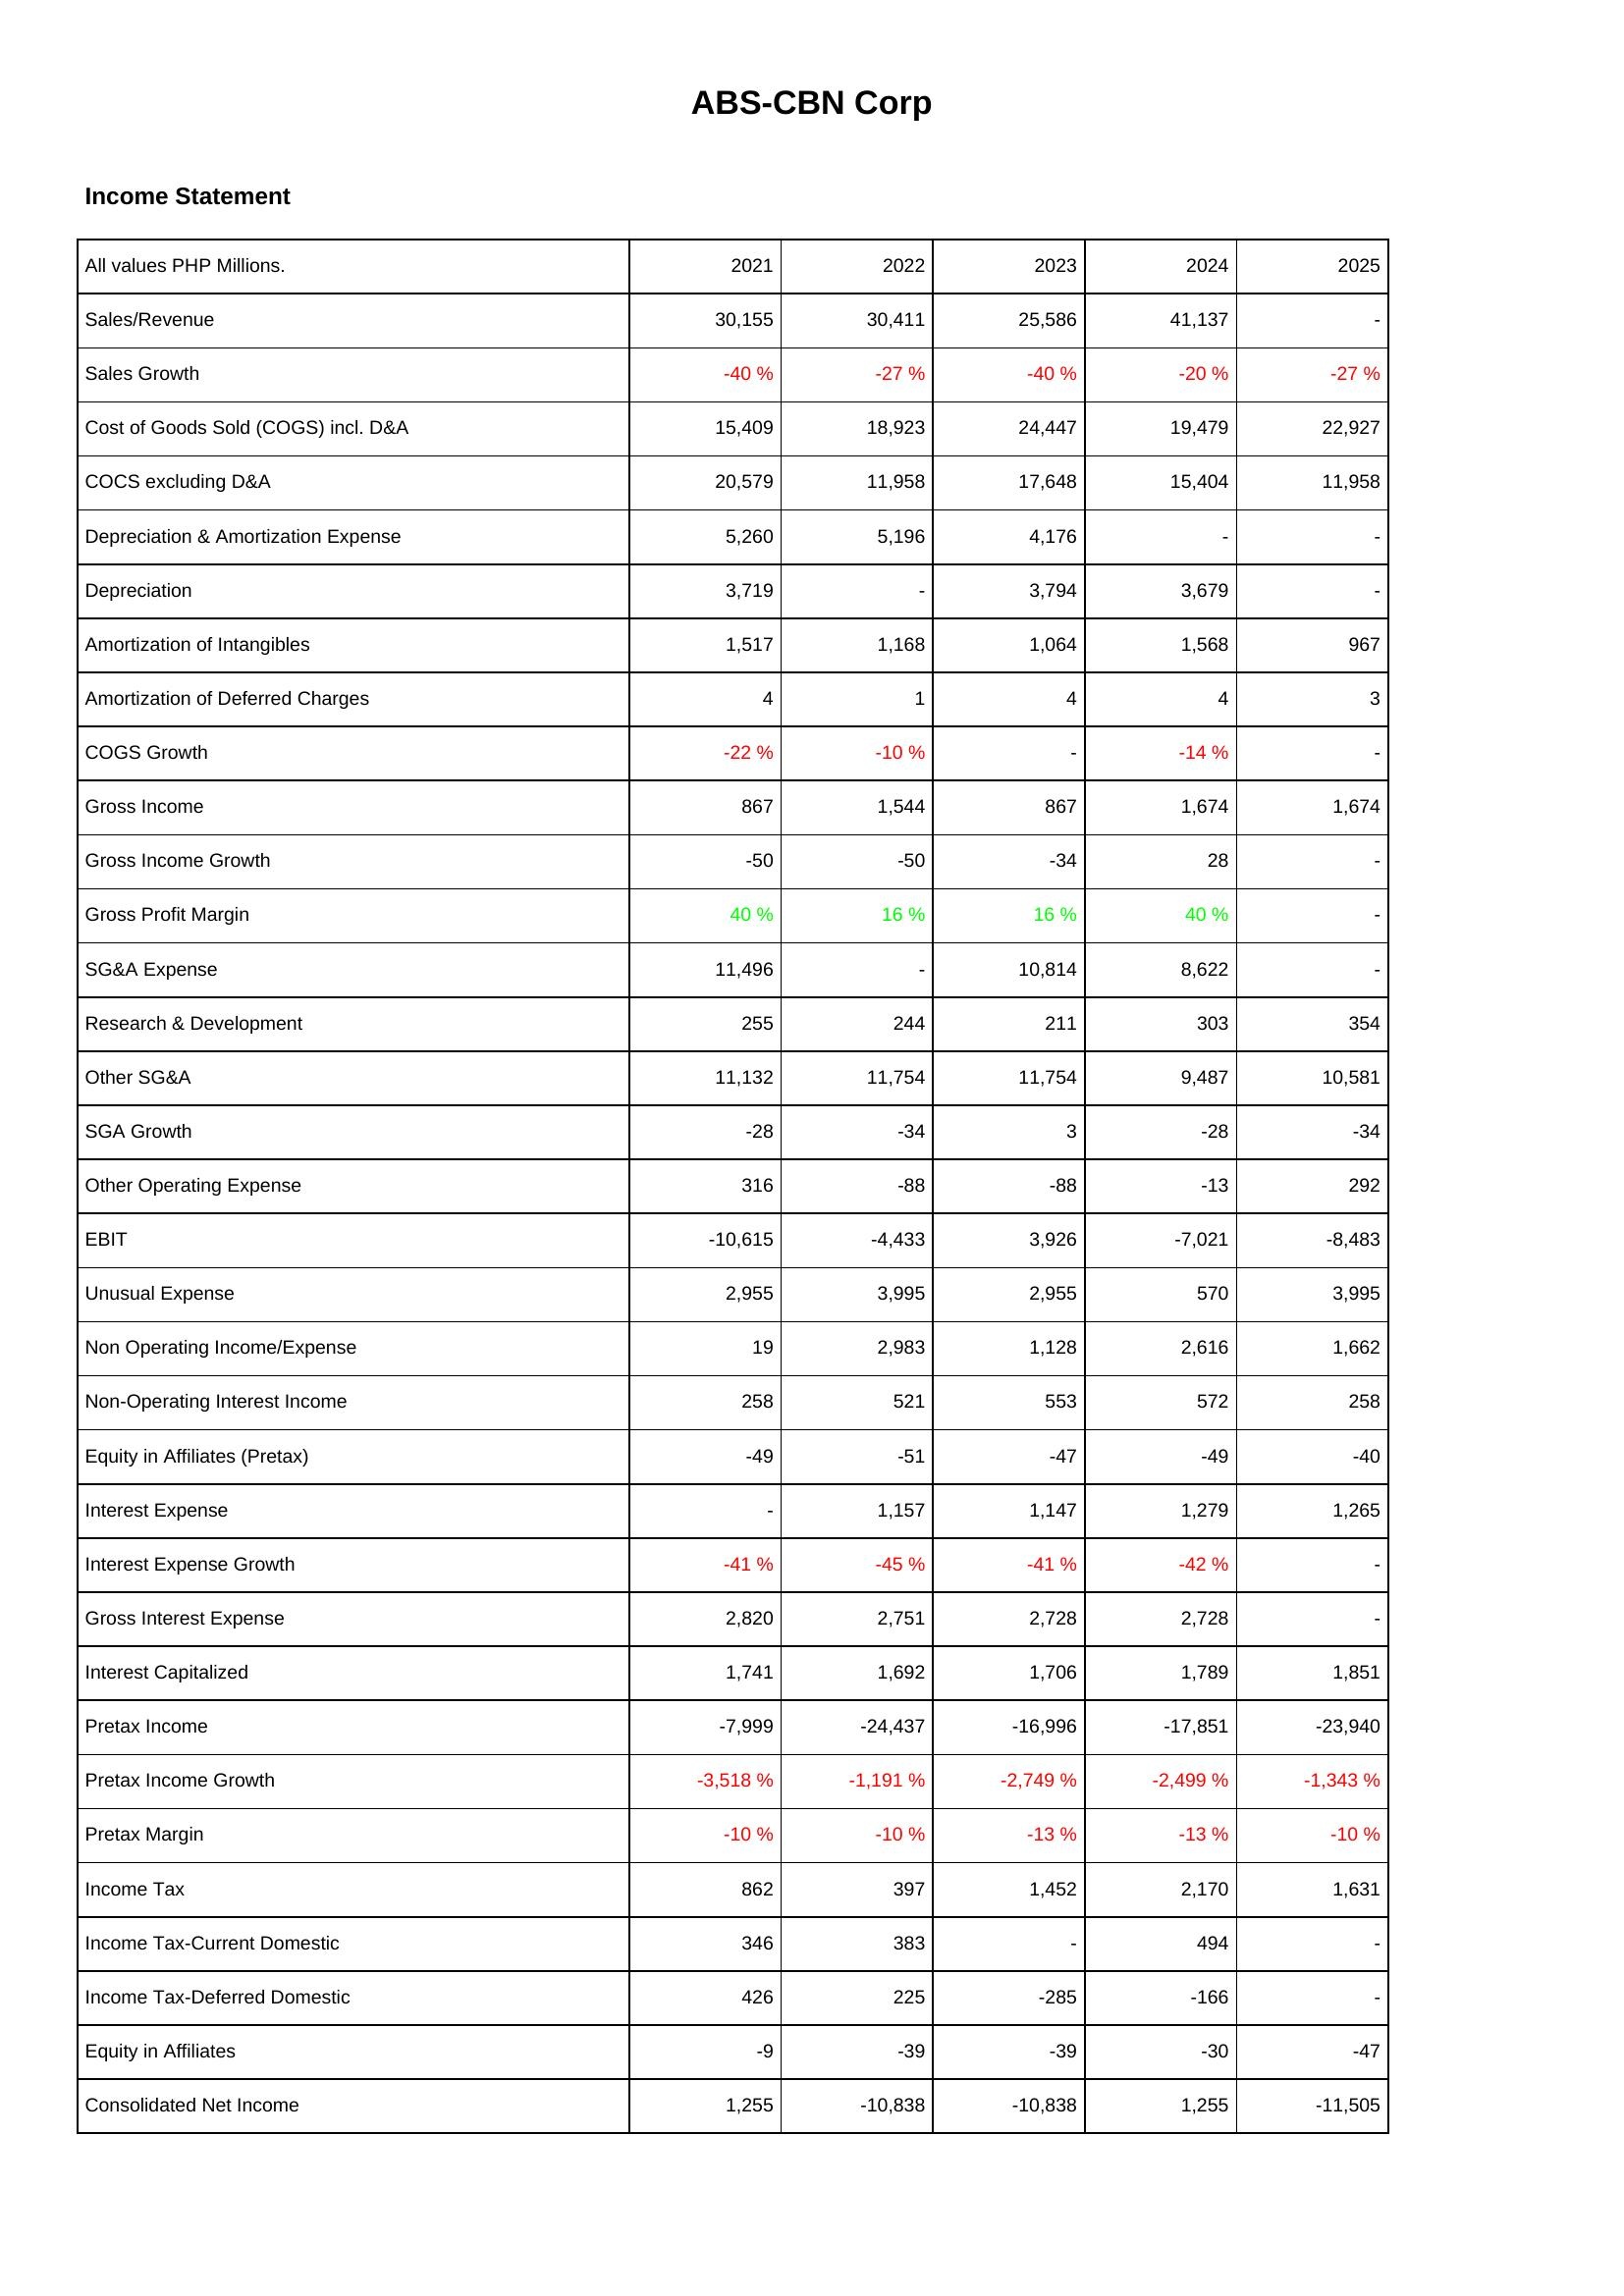
2021: Income Statement: Sales/Revenue: 30,155
Sales Growth: -40 %
Cost of Goods Sold (COGS) incl. D&A: 15,409
COCS excluding D&A: 20,579
Depreciation & Amortization Expense: 5,260
Depreciation: 3,719
Amortization of Intangibles: 1,517
Amortization of Deferred Charges: 4
COGS Growth: -22 %
Gross Income: 867
Gross Income Growth: -50
Gross Profit Margin: 40 %
SG&A Expense: 11,496
Research & Development: 255
Other SG&A: 11,132
SGA Growth: -28
Other Operating Expense: 316
EBIT: -10,615
Unusual Expense: 2,955
Non Operating Income/Expense: 19
Non-Operating Interest Income: 258
Equity in Affiliates (Pretax): -49
Interest Expense: -
Interest Expense Growth: -41 %
Gross Interest Expense: 2,820
Interest Capitalized: 1,741
Pretax Income: -7,999
Pretax Income Growth: -3,518 %
Pretax Margin: -10 %
Income Tax: 862
Income Tax-Current Domestic: 346
Income Tax-Deferred Domestic: 426
Equity in Affiliates: -9
Consolidated Net Income: 1,255
2022: Income Statement: Sales/Revenue: 30,411
Sales Growth: -27 %
Cost of Goods Sold (COGS) incl. D&A: 18,923
COCS excluding D&A: 11,958
Depreciation & Amortization Expense: 5,196
Depreciation: -
Amortization of Intangibles: 1,168
Amortization of Deferred Charges: 1
COGS Growth: -10 %
Gross Income: 1,544
Gross Income Growth: -50
Gross Profit Margin: 16 %
SG&A Expense: -
Research & Development: 244
Other SG&A: 11,754
SGA Growth: -34
Other Operating Expense: -88
EBIT: -4,433
Unusual Expense: 3,995
Non Operating Income/Expense: 2,983
Non-Operating Interest Income: 521
Equity in Affiliates (Pretax): -51
Interest Expense: 1,157
Interest Expense Growth: -45 %
Gross Interest Expense: 2,751
Interest Capitalized: 1,692
Pretax Income: -24,437
Pretax Income Growth: -1,191 %
Pretax Margin: -10 %
Income Tax: 397
Income Tax-Current Domestic: 383
Income Tax-Deferred Domestic: 225
Equity in Affiliates: -39
Consolidated Net Income: -10,838
2023: Income Statement: Sales/Revenue: 25,586
Sales Growth: -40 %
Cost of Goods Sold (COGS) incl. D&A: 24,447
COCS excluding D&A: 17,648
Depreciation & Amortization Expense: 4,176
Depreciation: 3,794
Amortization of Intangibles: 1,064
Amortization of Deferred Charges: 4
COGS Growth: -
Gross Income: 867
Gross Income Growth: -34
Gross Profit Margin: 16 %
SG&A Expense: 10,814
Research & Development: 211
Other SG&A: 11,754
SGA Growth: 3
Other Operating Expense: -88
EBIT: 3,926
Unusual Expense: 2,955
Non Operating Income/Expense: 1,128
Non-Operating Interest Income: 553
Equity in Affiliates (Pretax): -47
Interest Expense: 1,147
Interest Expense Growth: -41 %
Gross Interest Expense: 2,728
Interest Capitalized: 1,706
Pretax Income: -16,996
Pretax Income Growth: -2,749 %
Pretax Margin: -13 %
Income Tax: 1,452
Income Tax-Current Domestic: -
Income Tax-Deferred Domestic: -285
Equity in Affiliates: -39
Consolidated Net Income: -10,838
2024: Income Statement: Sales/Revenue: 41,137
Sales Growth: -20 %
Cost of Goods Sold (COGS) incl. D&A: 19,479
COCS excluding D&A: 15,404
Depreciation & Amortization Expense: -
Depreciation: 3,679
Amortization of Intangibles: 1,568
Amortization of Deferred Charges: 4
COGS Growth: -14 %
Gross Income: 1,674
Gross Income Growth: 28
Gross Profit Margin: 40 %
SG&A Expense: 8,622
Research & Development: 303
Other SG&A: 9,487
SGA Growth: -28
Other Operating Expense: -13
EBIT: -7,021
Unusual Expense: 570
Non Operating Income/Expense: 2,616
Non-Operating Interest Income: 572
Equity in Affiliates (Pretax): -49
Interest Expense: 1,279
Interest Expense Growth: -42 %
Gross Interest Expense: 2,728
Interest Capitalized: 1,789
Pretax Income: -17,851
Pretax Income Growth: -2,499 %
Pretax Margin: -13 %
Income Tax: 2,170
Income Tax-Current Domestic: 494
Income Tax-Deferred Domestic: -166
Equity in Affiliates: -30
Consolidated Net Income: 1,255
2025: Income Statement: Sales/Revenue: -
Sales Growth: -27 %
Cost of Goods Sold (COGS) incl. D&A: 22,927
COCS excluding D&A: 11,958
Depreciation & Amortization Expense: -
Depreciation: -
Amortization of Intangibles: 967
Amortization of Deferred Charges: 3
COGS Growth: -
Gross Income: 1,674
Gross Income Growth: -
Gross Profit Margin: -
SG&A Expense: -
Research & Development: 354
Other SG&A: 10,581
SGA Growth: -34
Other Operating Expense: 292
EBIT: -8,483
Unusual Expense: 3,995
Non Operating Income/Expense: 1,662
Non-Operating Interest Income: 258
Equity in Affiliates (Pretax): -40
Interest Expense: 1,265
Interest Expense Growth: -
Gross Interest Expense: -
Interest Capitalized: 1,851
Pretax Income: -23,940
Pretax Income Growth: -1,343 %
Pretax Margin: -10 %
Income Tax: 1,631
Income Tax-Current Domestic: -
Income Tax-Deferred Domestic: -
Equity in Affiliates: -47
Consolidated Net Income: -11,505